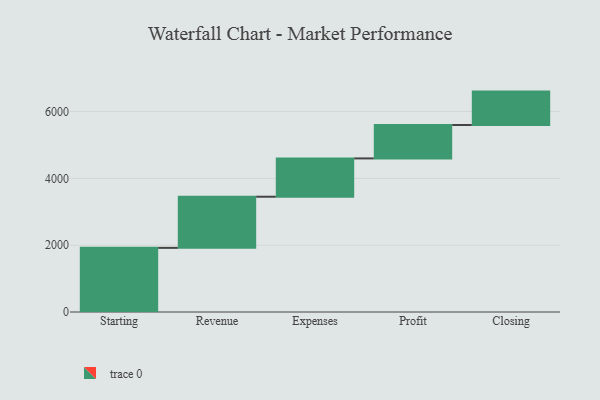
{"axis": {"x": "Step", "y": "Value"}, "legend": [""], "data": [{"x": "Starting", "y": 1920.0, "type": ""}, {"x": "Revenue", "y": 1531.0, "type": ""}, {"x": "Expenses", "y": 1147.0, "type": ""}, {"x": "Profit", "y": 1000, "type": ""}, {"x": "Closing", "y": 1000, "type": ""}]}